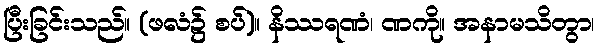
ပြီးခြင်းသည်။ (ဖလံ၌ စပ်)။ နိဿရဏံ၊ ဏကို။ အနာမသိတွာ၊